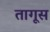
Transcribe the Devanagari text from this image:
तागूस